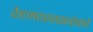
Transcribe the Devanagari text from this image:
रेहमतखासाहेबांचे